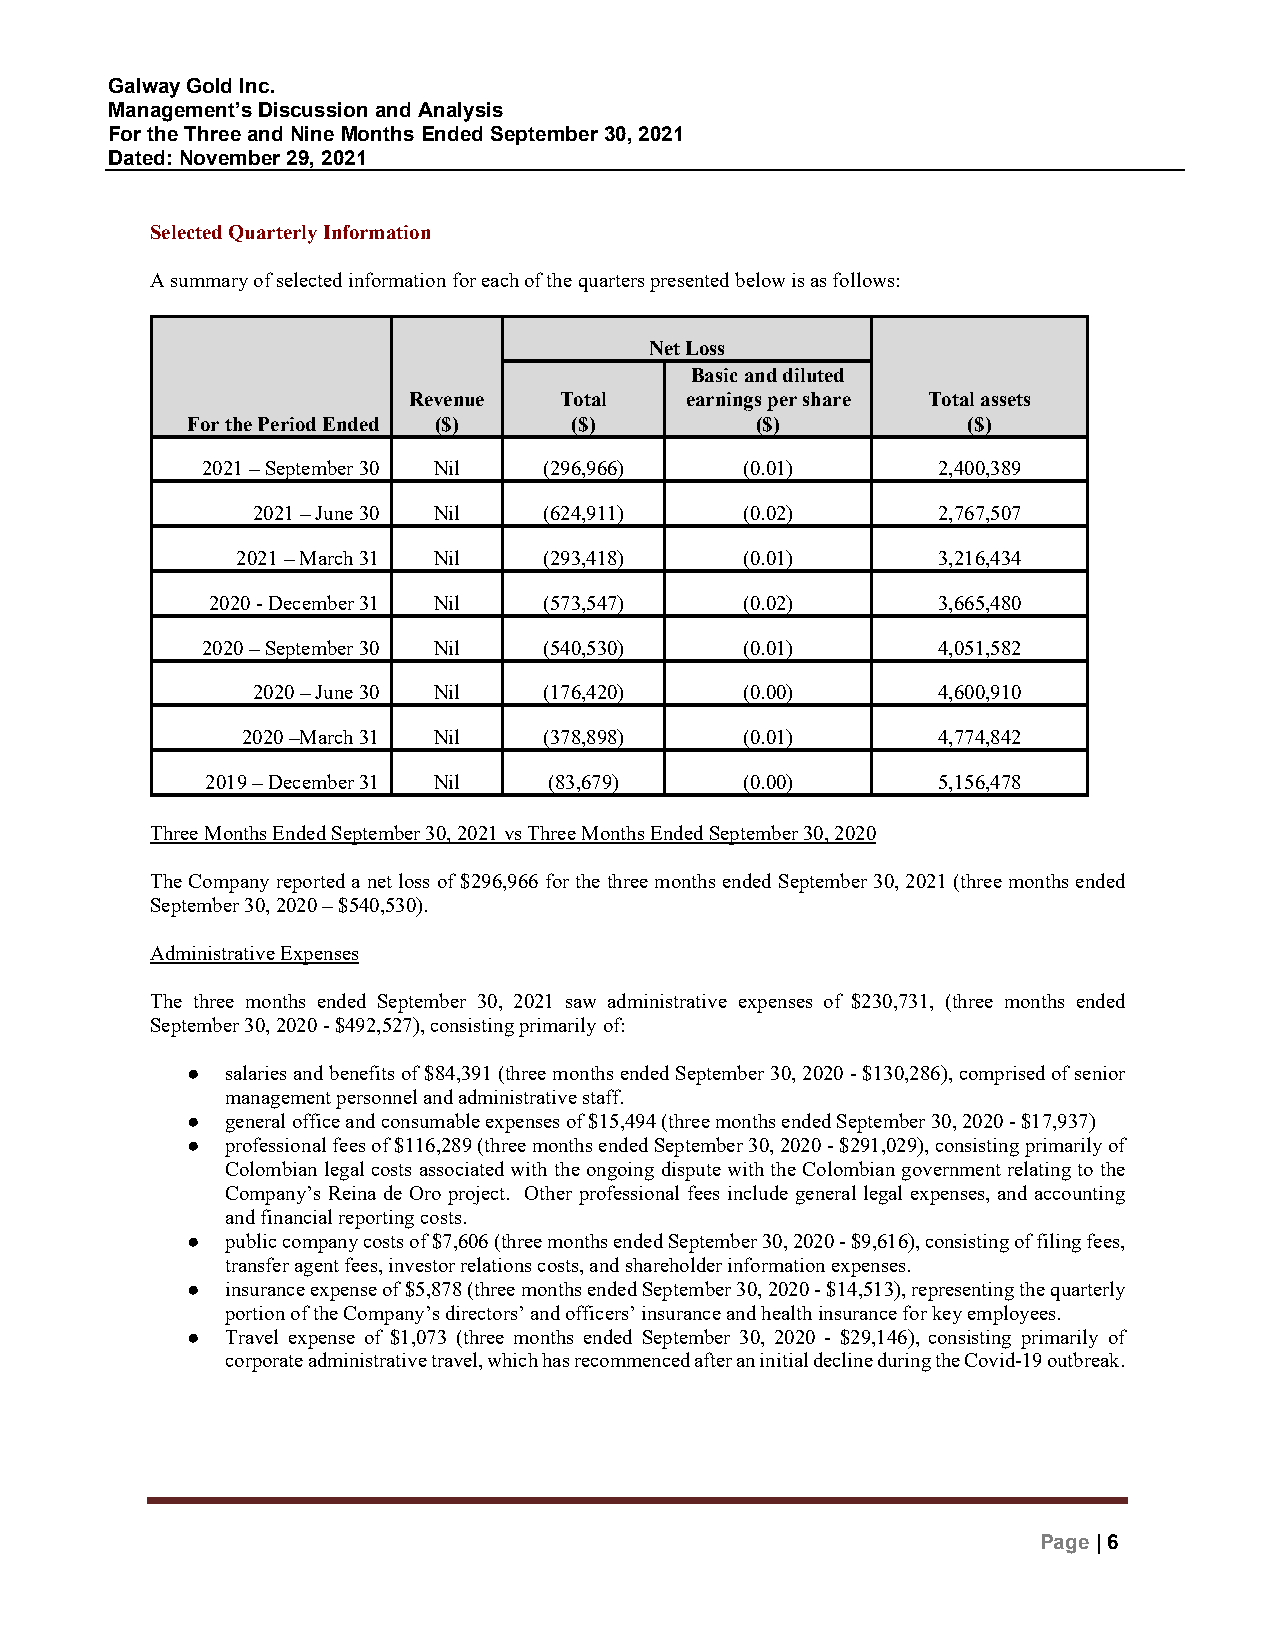
Galway Gold Inc.
 Management’s Discussion and Analysis
 For the Three and Nine Months Ended September 30, 2021
 Dated: November 29, 2021
 Selected Quarterly Information
 A summary of selected information for each of the quarters presented below is as follows:
 Net Loss
 Basic and diluted
 Revenue   Total   earnings per share Total assets
 For the Period Ended ($)  ($)         ($)           ($)
 2021 – September 30 Nil (296,966)   (0.01)       2,400,389
 2021 – June 30 Nil (624,911)    (0.02)       2,767,507
 2021 – March 31 Nil (293,418)    (0.01)       3,216,434
 2020 - December 31 Nil (573,547)   (0.02)       3,665,480
 2020 – September 30 Nil (540,530)   (0.01)       4,051,582
 2020 – June 30 Nil (176,420)    (0.00)       4,600,910
 2020 –March 31 Nil  (378,898)    (0.01)       4,774,842
 2019 – December 31 Nil (83,679)    (0.00)       5,156,478
 Three Months Ended September 30, 2021 vs Three Months Ended September 30, 2020
 The Company reported a net loss of $296,966 for the three months ended September 30, 2021 (three months ended
 September 30, 2020 – $540,530).
 Administrative Expenses
 The three months ended September 30, 2021 saw administrative expenses of $230,731, (three months ended
 September 30, 2020 - $492,527), consisting primarily of:
 ●  salaries and benefits of $84,391 (three months ended September 30, 2020 - $130,286), comprised of senior
 management personnel and administrative staff.
 ●  general office and consumable expenses of $15,494 (three months ended September 30, 2020 - $17,937)
 ●  professional fees of $116,289 (three months ended September 30, 2020 - $291,029), consisting primarily of
 Colombian legal costs associated with the ongoing dispute with the Colombian government relating to the
 Company’s Reina de Oro project. Other professional fees include general legal expenses, and accounting
 and financial reporting costs.
 ●  public company costs of $7,606 (three months ended September 30, 2020 - $9,616), consisting of filing fees,
 transfer agent fees, investor relations costs, and shareholder information expenses.
 ●  insurance expense of $5,878 (three months ended September 30, 2020 - $14,513), representing the quarterly
 portion of the Company’s directors’ and officers’ insurance and health insurance for key employees.
 ●  Travel expense of $1,073 (three months ended September 30, 2020 - $29,146), consisting primarily of
 corporate administrative travel, which has recommenced after an initial decline during the Covid-19 outbreak.
 Page | 6